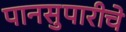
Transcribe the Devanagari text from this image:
पानसुपारीचे